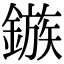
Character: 鏃